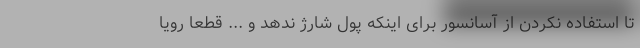
تا استفاده نکردن از آسانسور برای اینکه پول شارژ ندهد و ... قطعا رویا